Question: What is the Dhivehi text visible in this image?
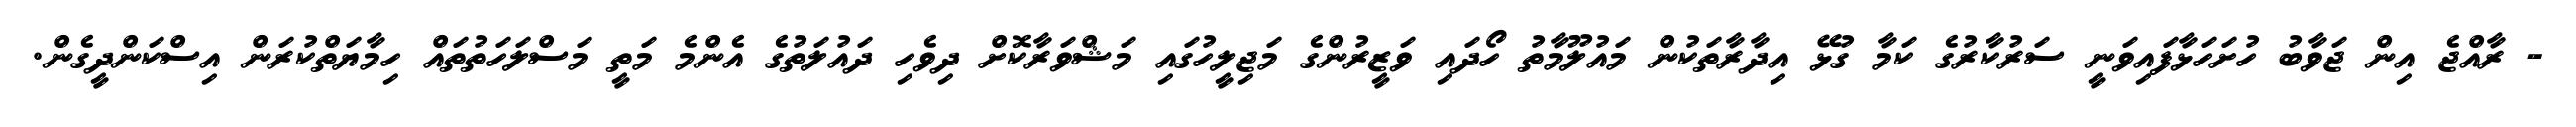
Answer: - ރާއްޖެ އިން ޖަވާބު ހުށަހަޅާފައިވަނީ ސަރުކާރުގެ ކަމާ ގުޅޭ އިދާރާތަކުން މައުލޫމާތު ހޯދައި ވަޒީރުންގެ މަޖިލީހުގައި މަޝްވަރާކޮށް ދިވެހި ދައުލަތުގެ އެންމެ މަތީ މަސްލަހަތުތައް ހިމާޔަތްކުރަން އިސްކަންދީގެން.